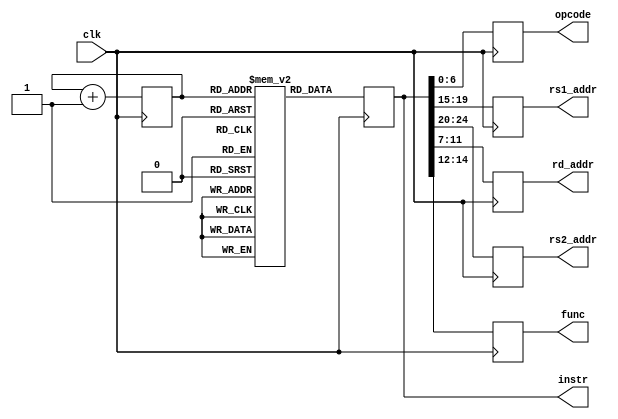
module fetch_decode_unit(clk,instr,opcode,rs1_addr,rs2_addr,rd_addr,func);
    
    input clk;
    output reg [31:0] instr;
    output reg [6:0] opcode;
    output reg [4:0] rs1_addr;
    output reg [4:0] rs2_addr;
    output reg [4:0] rd_addr;
    output reg [2:0] func;

     reg [31:0] Instr_mem[0:255];//Intruction memory 255*32 bits
     reg [3:0]PC;
     
     always@(posedge clk)
     begin
      instr = Instr_mem[PC];
      PC = PC+1;
     end
     
 always@(posedge clk)
 begin
    opcode <= instr[6:0];
	rs1_addr <= instr[19:15];
	rs2_addr <= instr[24:20];
	rd_addr <= instr[11:7];
	func <= instr[14:12];
 end

endmodule